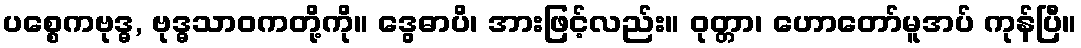
ပစ္စေကဗုဒ္ဓ, ဗုဒ္ဓသာဝကတို့ကို။ ဒွေဓာပိ၊ အားဖြင့်လည်း။ ဝုတ္တာ၊ ဟောတော်မူအပ် ကုန်ပြီ။